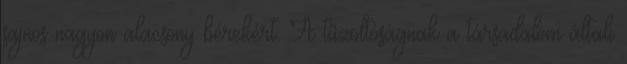
sajnos nagyon alacsony bérekért. A tűzoltóságnak a társadalom általi